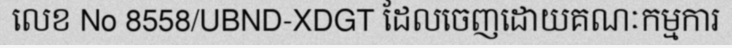
លេខ No 8558/UBND-XDGT ដែលចេញដោយគណៈកម្មការ